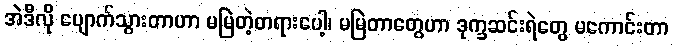
အဲဒီလို ပျောက်သွားတာဟာ မမြဲတဲ့တရားပေါ့၊ မမြဲတာတွေဟာ ဒုက္ခဆင်းရဲတွေ မကောင်းတာ